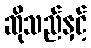
ဆိုသည်နှင့်